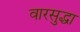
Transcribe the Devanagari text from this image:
वारसुद्धा